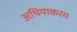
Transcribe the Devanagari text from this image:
अथियाकरम